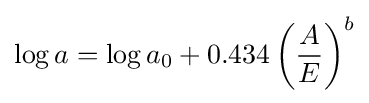
\log a=\log a_{0}+0.434\left({\frac {A}{E}}\right)^{b}